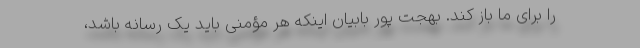
را برای ما باز کند. بهجت پور بابیان اینکه هر مؤمنی باید یک رسانه باشد،